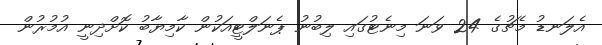
އެލަނޑު މެޗުގެ 24 ވަނަ މިނެޓުގައި ލިބުނު ޕެނަލްޓީއަކުން ކާމިޔާބު ކޮށްދިނީ އުމުރުން